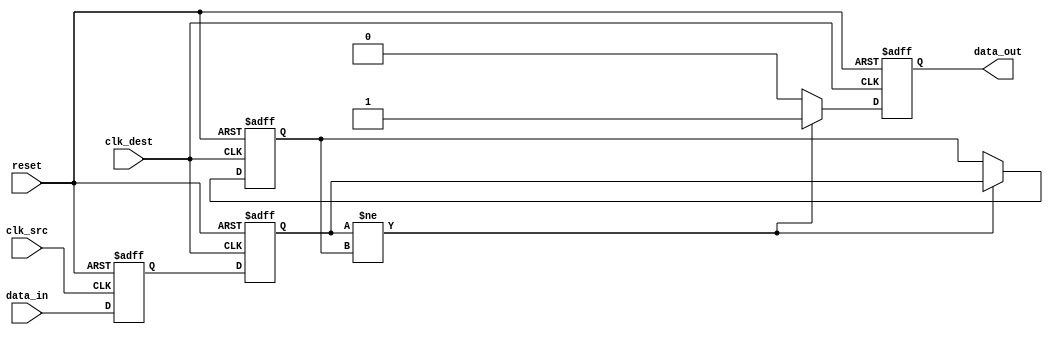
module pulsed_synchronizer #(
    parameter WIDTH = 1  // Width of the data input signal
)(
    input wire clk_src,         // Source clock
    input wire clk_dest,        // Destination clock
    input wire reset,           // Asynchronous reset
    input wire [WIDTH-1:0] data_in, // Asynchronous input signal
    output reg [WIDTH-1:0] data_out // Pulsed output signal
);

    // Intermediate signals for synchronization
    reg [WIDTH-1:0] sync_ff1; // First stage flip-flop
    reg [WIDTH-1:0] sync_ff2; // Second stage flip-flop

    // Synchronization process
    always @(posedge clk_src or posedge reset) begin
        if (reset) begin
            sync_ff1 <= {WIDTH{1'b0}};
        end else begin
            sync_ff1 <= data_in; // Capture data_in on clk_src
        end
    end

    always @(posedge clk_dest or posedge reset) begin
        if (reset) begin
            sync_ff2 <= {WIDTH{1'b0}};
        end else begin
            sync_ff2 <= sync_ff1; // Capture sync_ff1 on clk_dest
        end
    end

    // Pulse generation logic
    reg [WIDTH-1:0] pulse_gen; // Pulse generator signal

    always @(posedge clk_dest or posedge reset) begin
        if (reset) begin
            pulse_gen <= {WIDTH{1'b0}};
            data_out <= {WIDTH{1'b0}};
        end else begin
            // Generate a pulse when sync_ff2 transitions from 0 to 1
            if (sync_ff2 != pulse_gen) begin
                pulse_gen <= sync_ff2; // Update pulse_gen
                data_out <= {WIDTH{1'b1}}; // Generate a pulse
            end else begin
                data_out <= {WIDTH{1'b0}}; // Maintain low otherwise
            end
        end
    end

endmodule